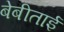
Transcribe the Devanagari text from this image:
बेबीताई